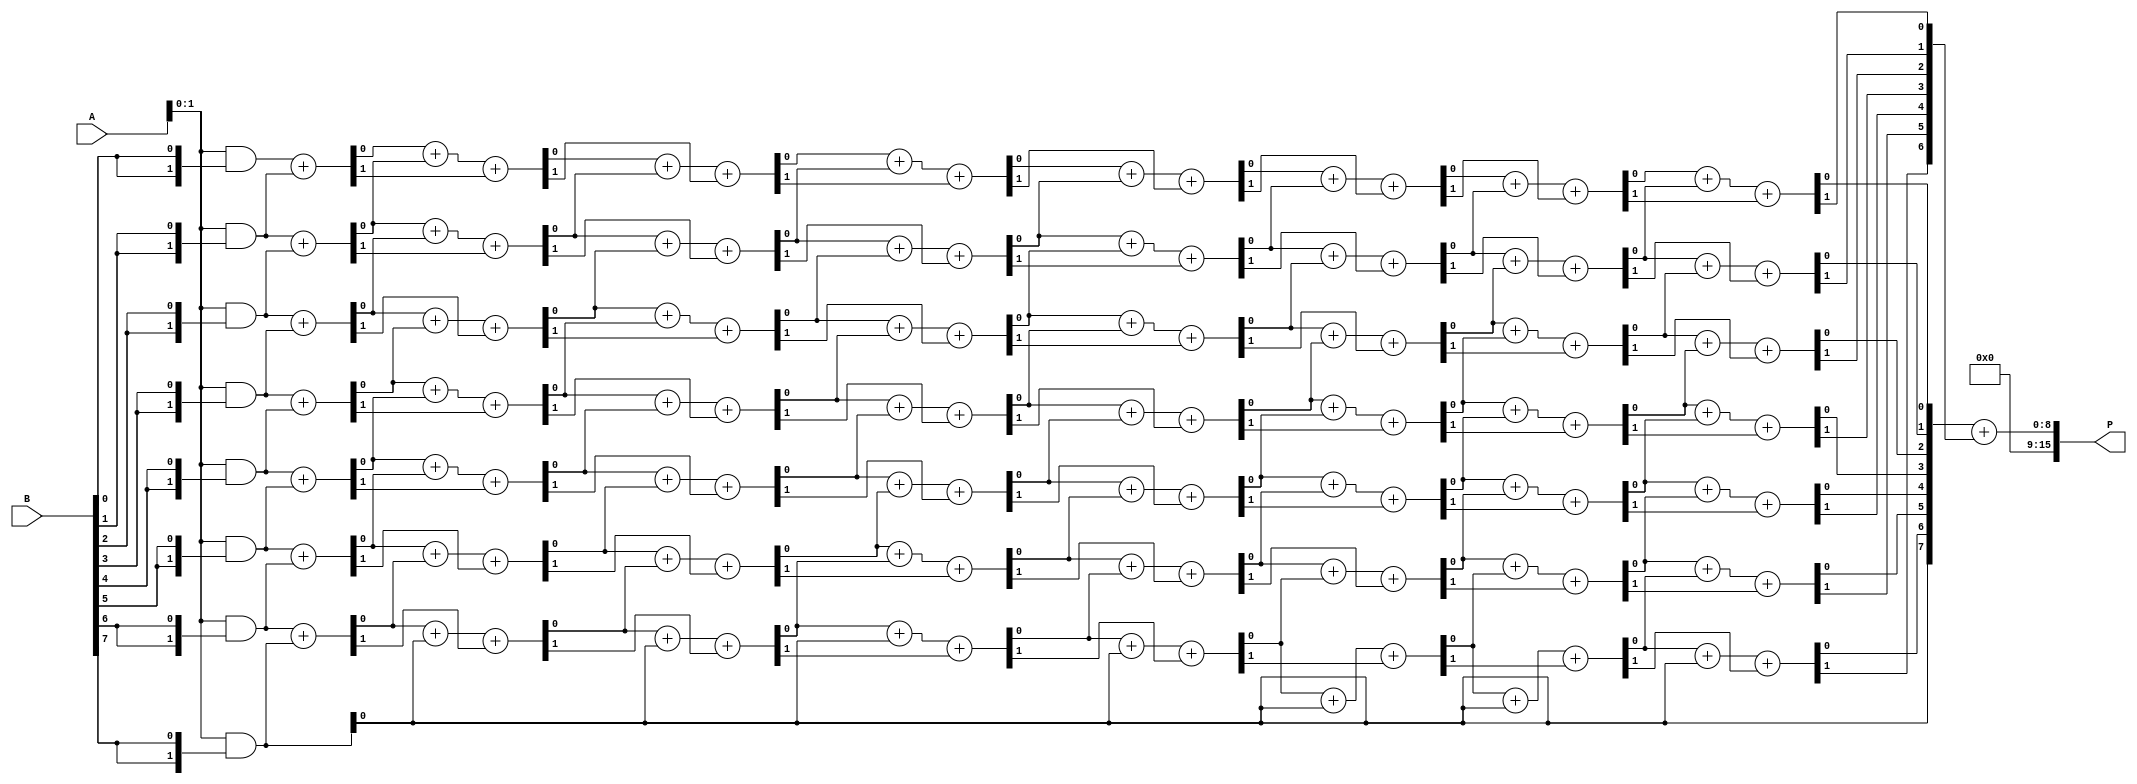
module wallace_tree_multiplier #(parameter N = 8) (
    input [N-1:0] A,
    input [N-1:0] B,
    output reg [2*N-1:0] P
);
    
    // Generate partial products
    wire [N-1:0] pp [0:N-1]; // Partial products
    genvar i;
    generate
        for (i = 0; i < N; i = i + 1) begin: gen_partial_products
            assign pp[i] = A & {N{B[i]}};
        end
    endgenerate

    // Wallace tree reduction
    wire [N-1:0] sum [0:N-1]; // Sums at each level
    wire [N-1:0] carry [0:N-1]; // Carries at each level
    wire [N-1:0] final_sum;
    wire [N-1:0] final_carry;

    // Initial stage: sum pairs of partial products
    generate
        for (i = 0; i < N; i = i + 1) begin: add_stage_0
            if (i < N-1) begin
                assign {carry[0][i], sum[0][i]} = pp[i] + pp[i+1];
            end else begin
                assign sum[0][i] = pp[i];
                assign carry[0][i] = 0;
            end
        end
    endgenerate

    // Wallace tree reduction stages
    genvar j, k;
    for (j = 1; j < N; j = j + 1) begin: reduction_stage
        for (k = 0; k < N; k = k + 1) begin: add_stage
            if (k < N-1) begin
                assign {carry[j][k], sum[j][k]} = sum[j-1][k] + sum[j-1][k+1] + carry[j-1][k];
            end else begin
                assign sum[j][k] = sum[j-1][k];
                assign carry[j][k] = 0;
            end
        end
    end

    // Final addition of the last two rows
    assign {final_carry, final_sum} = sum[N-1] + carry[N-1];

    // Assign the final product
    always @(*) begin
        P = {final_carry, final_sum}; // Concatenate carry and sum for final product
    end

endmodule